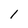
Character: l